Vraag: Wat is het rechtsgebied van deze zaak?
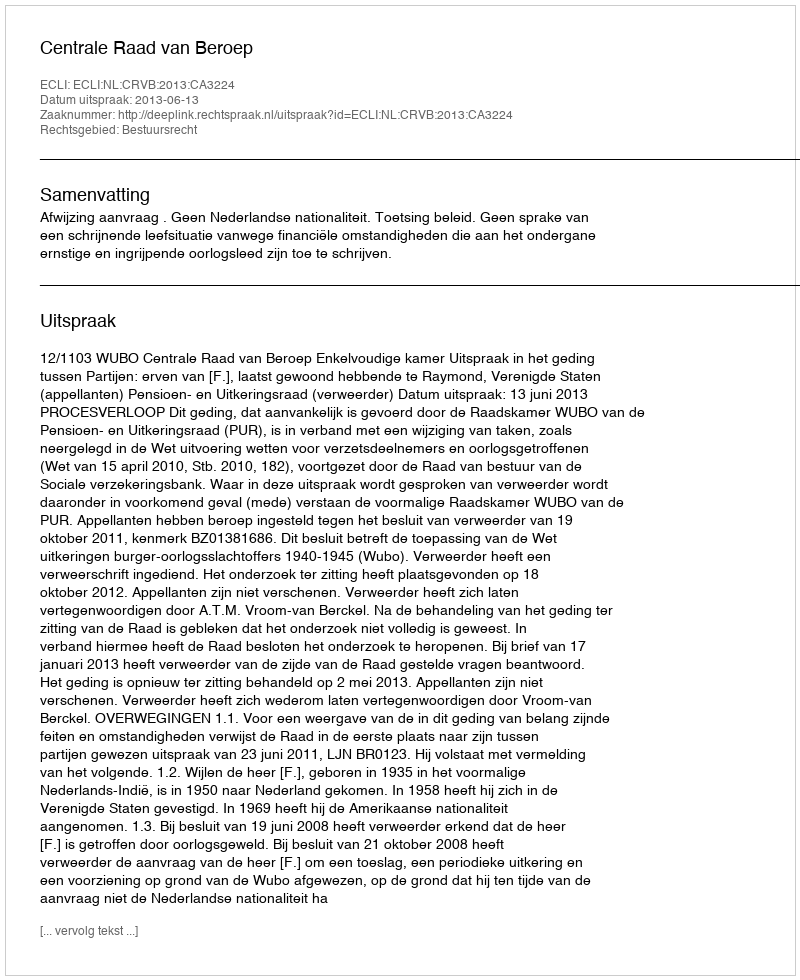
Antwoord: Bestuursrecht